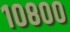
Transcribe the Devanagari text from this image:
१०८००